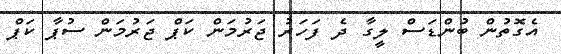
އެގޮތުން ބުންޑަސް ލީގާ ދެ ފަހަރު ޖަރުމަން ކަޕް ޖަރުމަން ސުޕާ ކަޕް